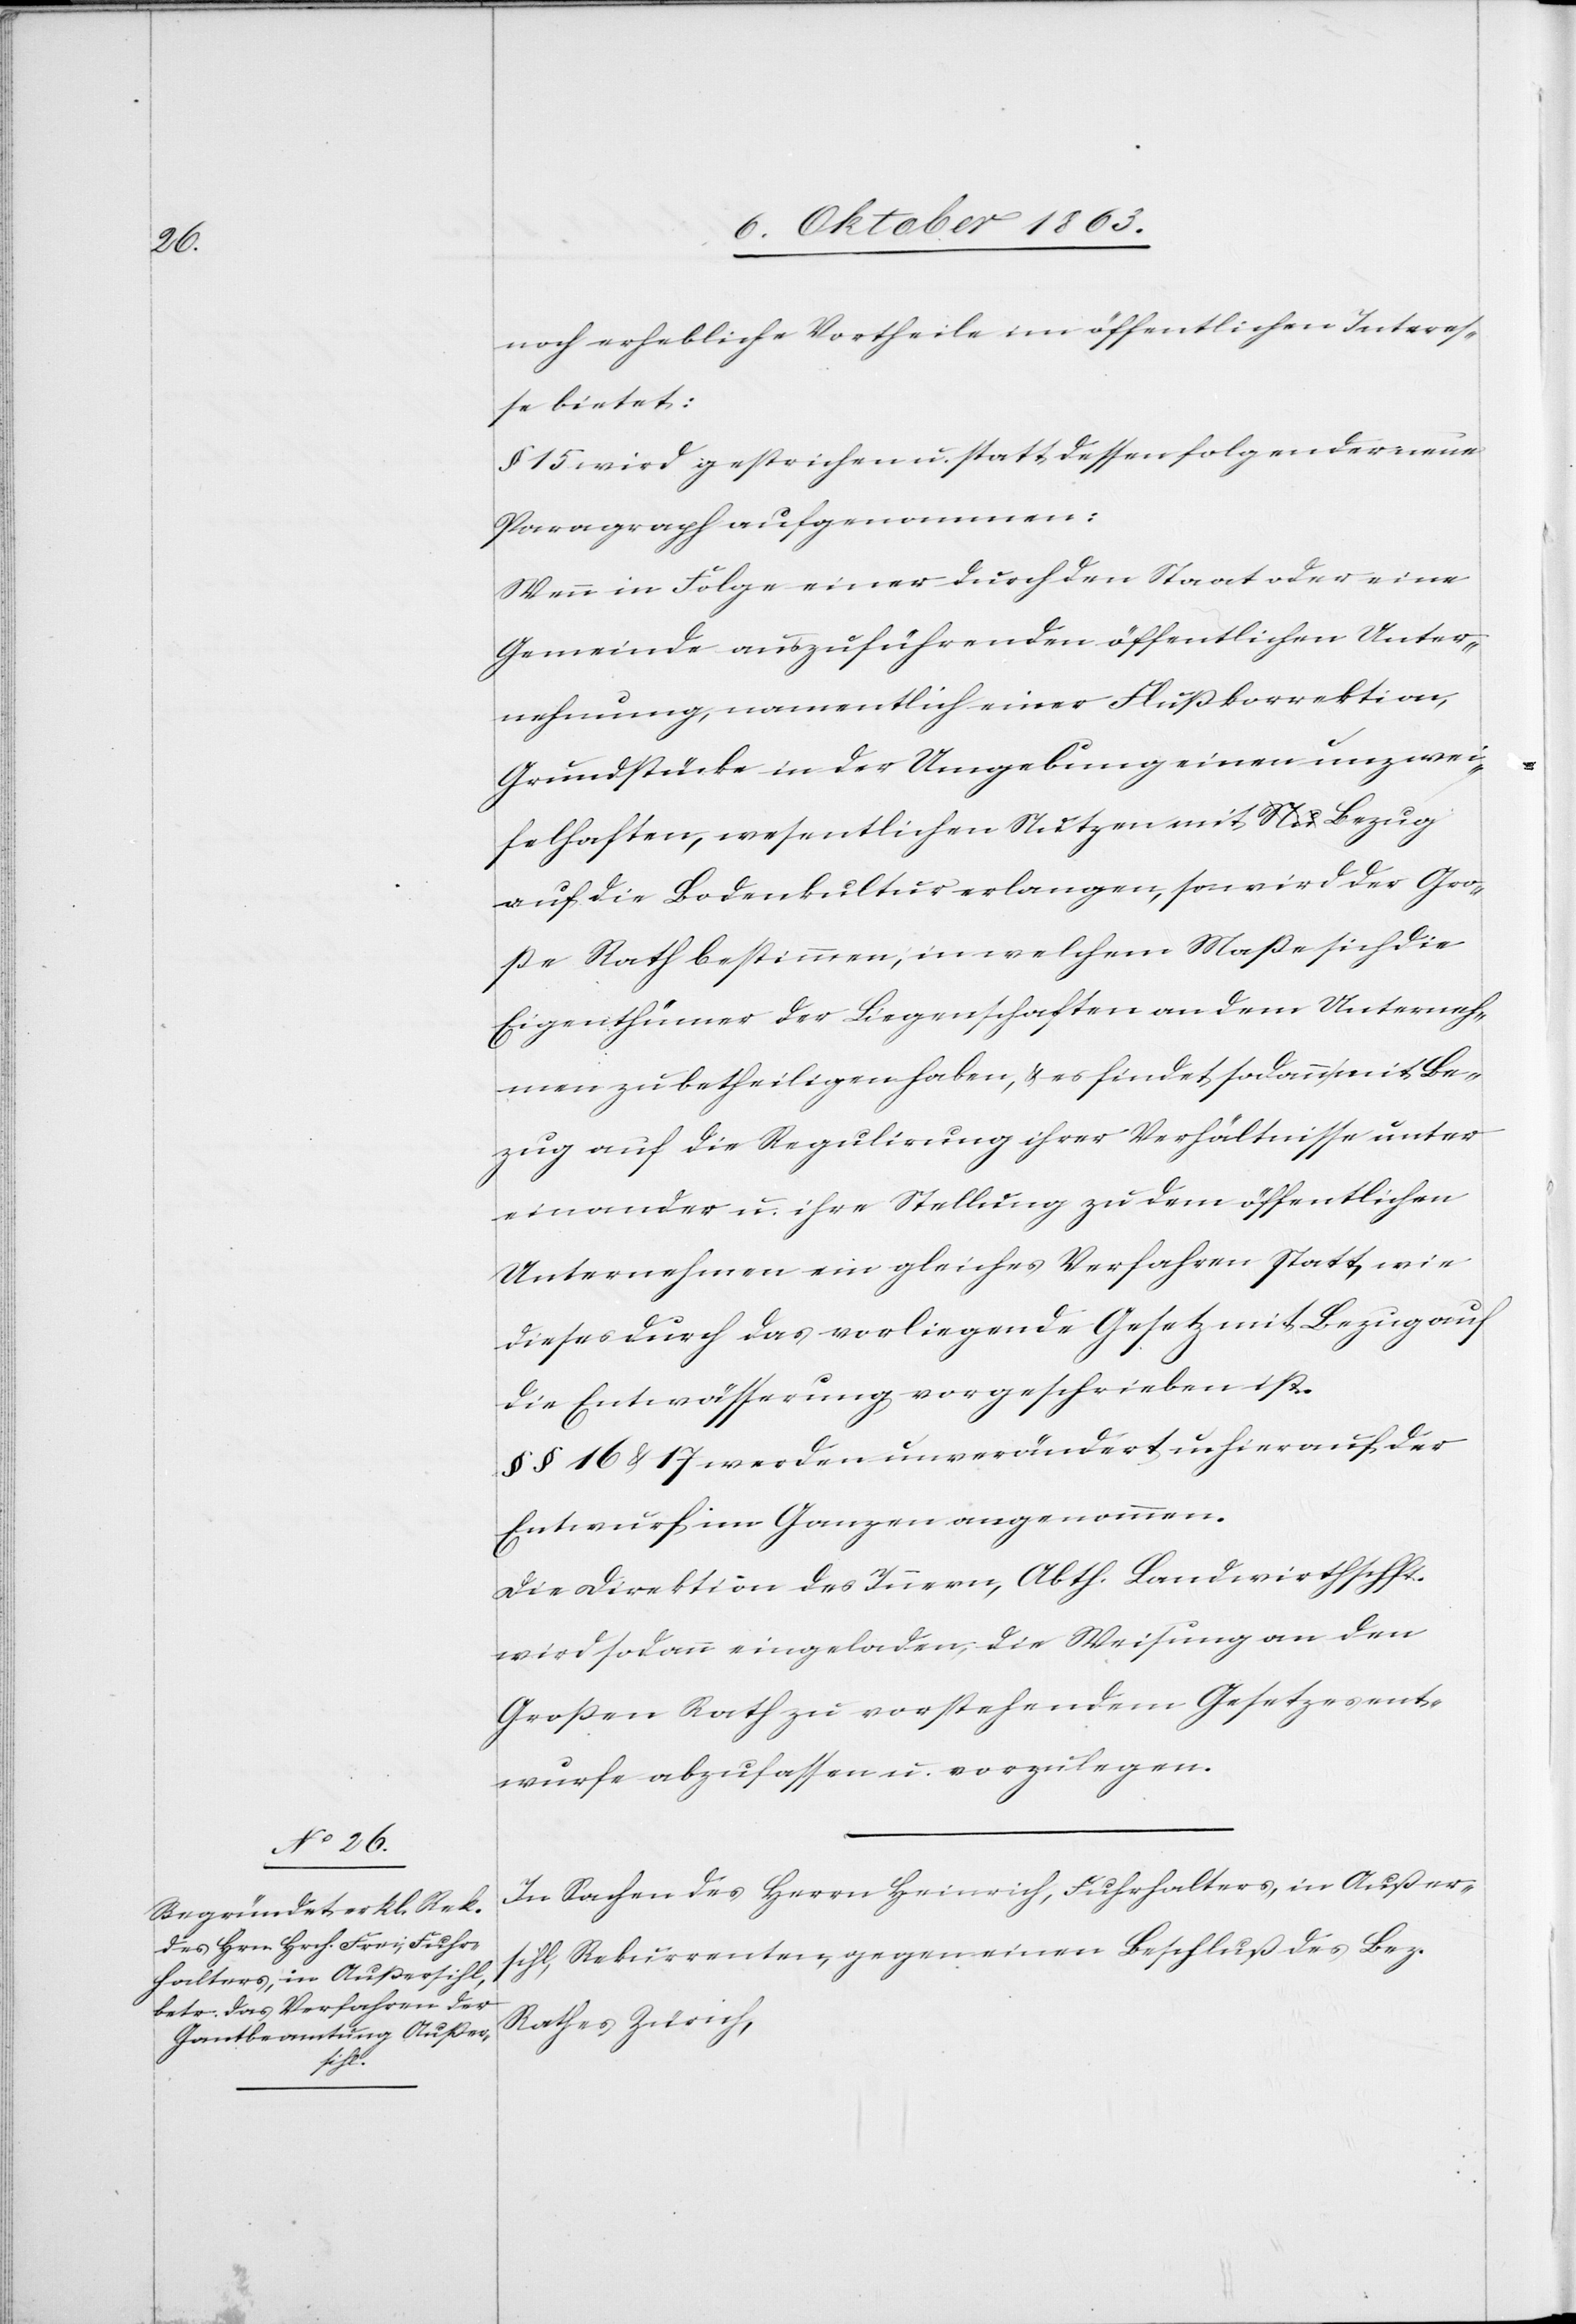
noch erhebliche Vortheile im öffentlichen Interes¬
se bietet:
§ 15 wird gestrichen u. statt dessen folgender neue
Paragraph aufgenommen:
Wenn in Folge einer durch den Staat oder eine
Gemeinde auszuführenden öffentlichen Unter¬
nehmung, namentlich einer Flußkorrektion,
Grundstücke in der Umgebung einen unzwei¬
felhaften, wesentlichen Nutzen mit Bezug
auf die Bodenkultur erlangen, so wird der Gro¬
ße Rath bestimmen, in welchem Maße sich die
Eigenthümer der Liegenschaften an dem Unterneh¬
men zu betheiligen haben, & es findet sodann mit Be¬
zug auf die Regulirung ihrer Verhältnisse unter
einander u. ihre Stellung zu dem öffentlichen
Unternehmen ein gleiches Verfahren Statt, wie
dieses durch das vorliegende Gesetz mit Bezug auf
die Entwässerung vorgeschrieben ist.
§§ 16 & 17 werden unverändert u. hierauf der
Entwurf im Ganzen angenommen.
Die Direktion des Innern, Abth. Landwirthschft.
wird sodann eingeladen, die Weisung an den
Großen Rath zu vorstehendem Gesetzesent¬
wurfe abzufassen u. vorzulegen.
In Sachen des Herrn Heinrich, Fuhrhalters, in Außer¬
sihl, Rekurrenten, gegen einen Beschluß des Bez.
Rathes Zürich,